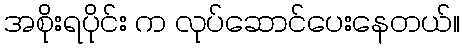
အစိုးရပိုင်း က လုပ်ဆောင်ပေးနေတယ်။